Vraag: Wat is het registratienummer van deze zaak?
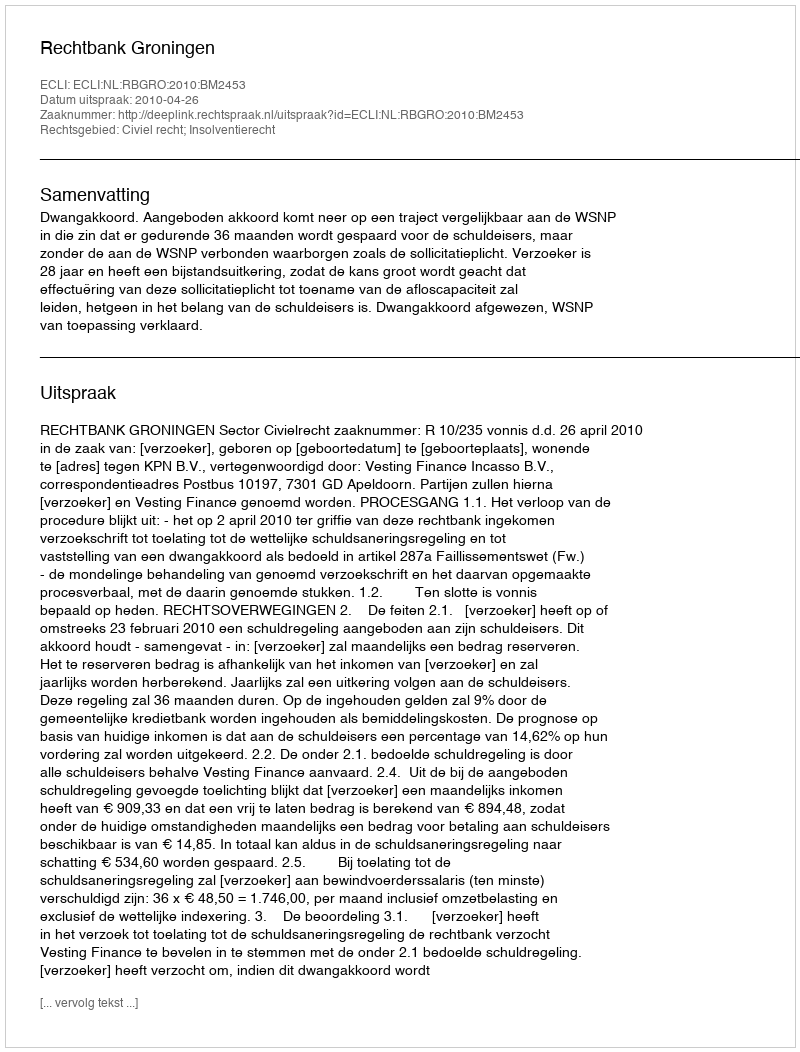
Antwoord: http://deeplink.rechtspraak.nl/uitspraak?id=ECLI:NL:RBGRO:2010:BM2453